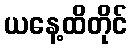
ယနေ့ထိတိုင်